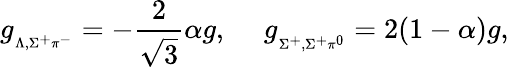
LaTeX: g_{{}_{\Lambda,\Sigma^{+}\pi^{-}}}=-\frac{2}{\sqrt 3}\alpha g,\ \ \ \ \ g_{{}_{\Sigma^{+},\Sigma^{+}\pi^{0}}}=2(1-\alpha)g,